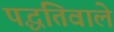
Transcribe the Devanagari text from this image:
पद्धतिवाले